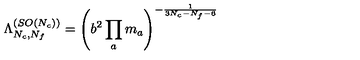
{ \Lambda _ { N _ { c } , N _ { f } } ^ { ( S O ( N _ { c } ) ) } } = \left( b ^ { 2 } \prod _ { a } m _ { a } \right) ^ { - { \frac { 1 } { 3 N _ { c } - N _ { f } - 6 } } }